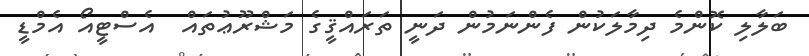
ބަލާލި ކޮންމެ ދިމާލަކުން ފެންނަމުން ދަނީ ތަރައްޤީގެ މަޝްރޫޢުތައް  އެސްޓީއޯ އެމްޑީ